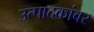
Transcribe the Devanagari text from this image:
उत्पादकांवर